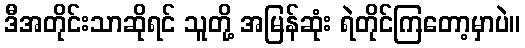
ဒီအတိုင်းသာဆိုရင် သူတို့ အမြန်ဆုံး ရဲတိုင်ကြတော့မှာပဲ။